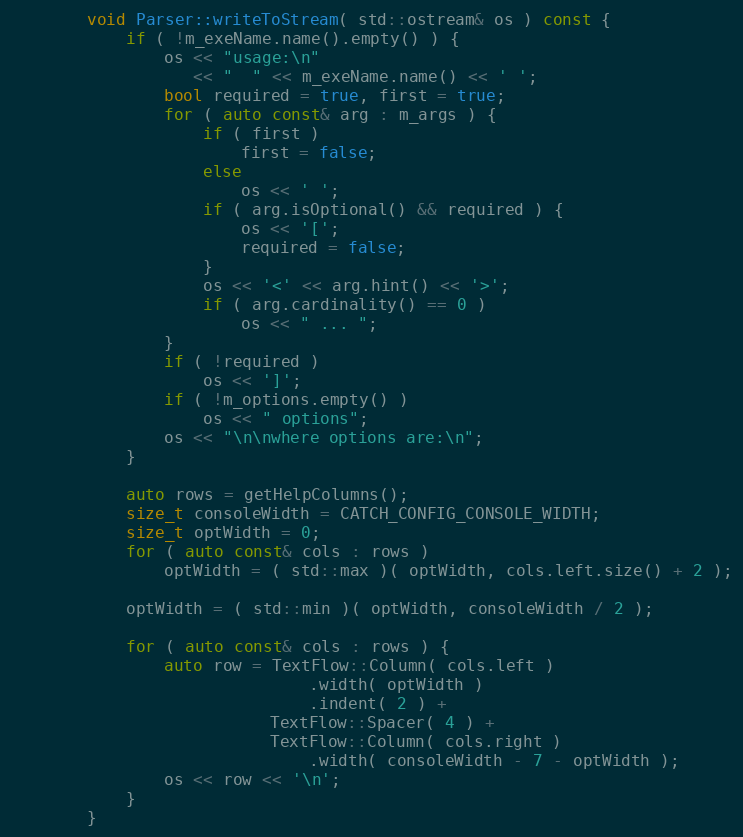
Language: C++
        void Parser::writeToStream( std::ostream& os ) const {
            if ( !m_exeName.name().empty() ) {
                os << "usage:\n"
                   << "  " << m_exeName.name() << ' ';
                bool required = true, first = true;
                for ( auto const& arg : m_args ) {
                    if ( first )
                        first = false;
                    else
                        os << ' ';
                    if ( arg.isOptional() && required ) {
                        os << '[';
                        required = false;
                    }
                    os << '<' << arg.hint() << '>';
                    if ( arg.cardinality() == 0 )
                        os << " ... ";
                }
                if ( !required )
                    os << ']';
                if ( !m_options.empty() )
                    os << " options";
                os << "\n\nwhere options are:\n";
            }

            auto rows = getHelpColumns();
            size_t consoleWidth = CATCH_CONFIG_CONSOLE_WIDTH;
            size_t optWidth = 0;
            for ( auto const& cols : rows )
                optWidth = ( std::max )( optWidth, cols.left.size() + 2 );

            optWidth = ( std::min )( optWidth, consoleWidth / 2 );

            for ( auto const& cols : rows ) {
                auto row = TextFlow::Column( cols.left )
                               .width( optWidth )
                               .indent( 2 ) +
                           TextFlow::Spacer( 4 ) +
                           TextFlow::Column( cols.right )
                               .width( consoleWidth - 7 - optWidth );
                os << row << '\n';
            }
        }